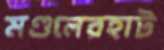
মণ্ডলেরহাট